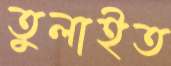
তুলাইত